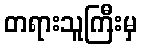
တရားသူကြီးမှ